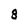
Character: 8